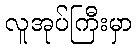
လူအုပ်ကြီးမှာ